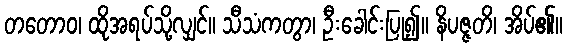
တတောဝ၊ ထိုအရပ်သို့လျှင်။ သီသံကတွာ၊ ဦးခေါင်းပြု၍။ နိပဇ္ဇတိ၊ အိပ်၏။